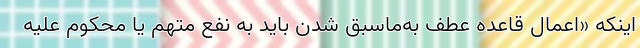
اینکه «اعمال قاعده عطف به‌ماسبق شدن باید به نفع متهم یا محکوم علیه